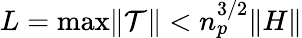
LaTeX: L=\operatorname*{max}\lVert\mathcal{T}\rVert<n_{p}^{3/2}\lVert H\rVert